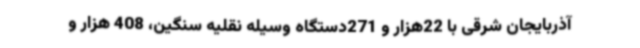
آذربایجان شرقی با 22هزار و 271دستگاه وسیله نقلیه سنگین، 408 هزار و